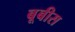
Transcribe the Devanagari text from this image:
बूबीस